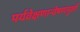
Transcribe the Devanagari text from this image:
पर्यवेक्षणान्वेषणमुखी